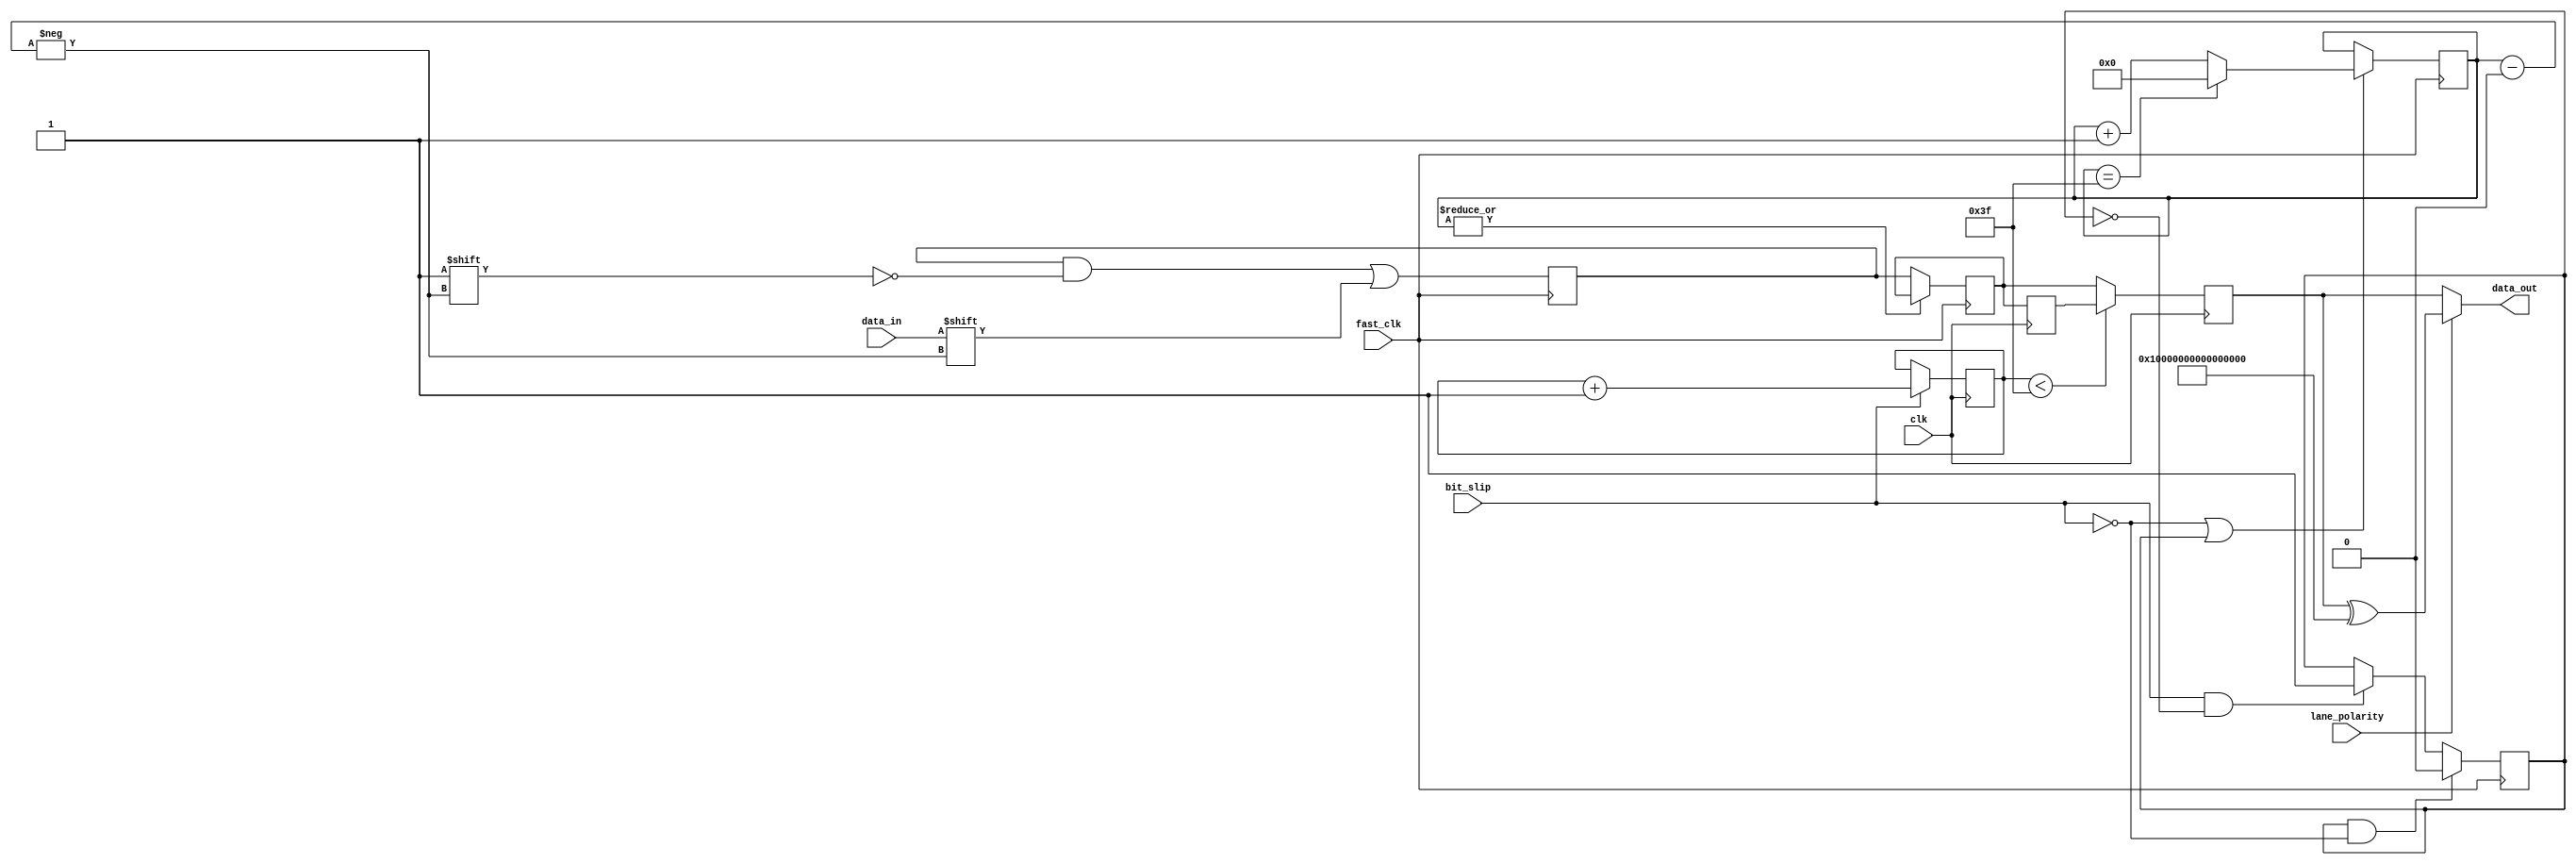
module deserializer_4 #(
	parameter LOG_DWIDTH=7,
	parameter DWIDTH=64
)
(
	input  wire 			clk,
	input  wire 			fast_clk,
	input  wire 			bit_slip,
	input  wire 			data_in,
	output wire [DWIDTH-1:0]data_out,
	input  wire 			lane_polarity
);
reg [DWIDTH-1:0] 	tmp_buffer;
reg [DWIDTH-1:0] 	buffer;
reg [DWIDTH-1:0] 	buffer2;
reg [DWIDTH-1:0] 	data_out_temp;
reg [LOG_DWIDTH-1:0]curr_bit = 'h0;
reg [5:0]bit_slip_cnt = 'h0;
reg 				bit_slip_done = 1'b0;
assign data_out = lane_polarity ? data_out_temp^{DWIDTH{1'b1}} : data_out_temp;
always @ (posedge fast_clk)
begin
	if (!bit_slip || bit_slip_done) begin
		if(curr_bit == DWIDTH-1) begin
			curr_bit <= 0;
		end else begin
			curr_bit 	 <= curr_bit + 1;
		end
	end
	if (bit_slip && !bit_slip_done)
		bit_slip_done <= 1'b1;
	if (bit_slip_done && !bit_slip)
		bit_slip_done <= 1'b0;
	tmp_buffer[curr_bit] <= data_in;
	if (|curr_bit == 1'b0)
		buffer <= tmp_buffer;
end
always @ (posedge clk)
begin
	if(bit_slip)
		bit_slip_cnt <= bit_slip_cnt + 1;
	buffer2 <= buffer;
	if(bit_slip_cnt < DWIDTH-1) begin
		data_out_temp <= buffer2;
	end else begin
		data_out_temp <= buffer;
	end
end
endmodule